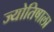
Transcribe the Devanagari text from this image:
ज्योतिषाला